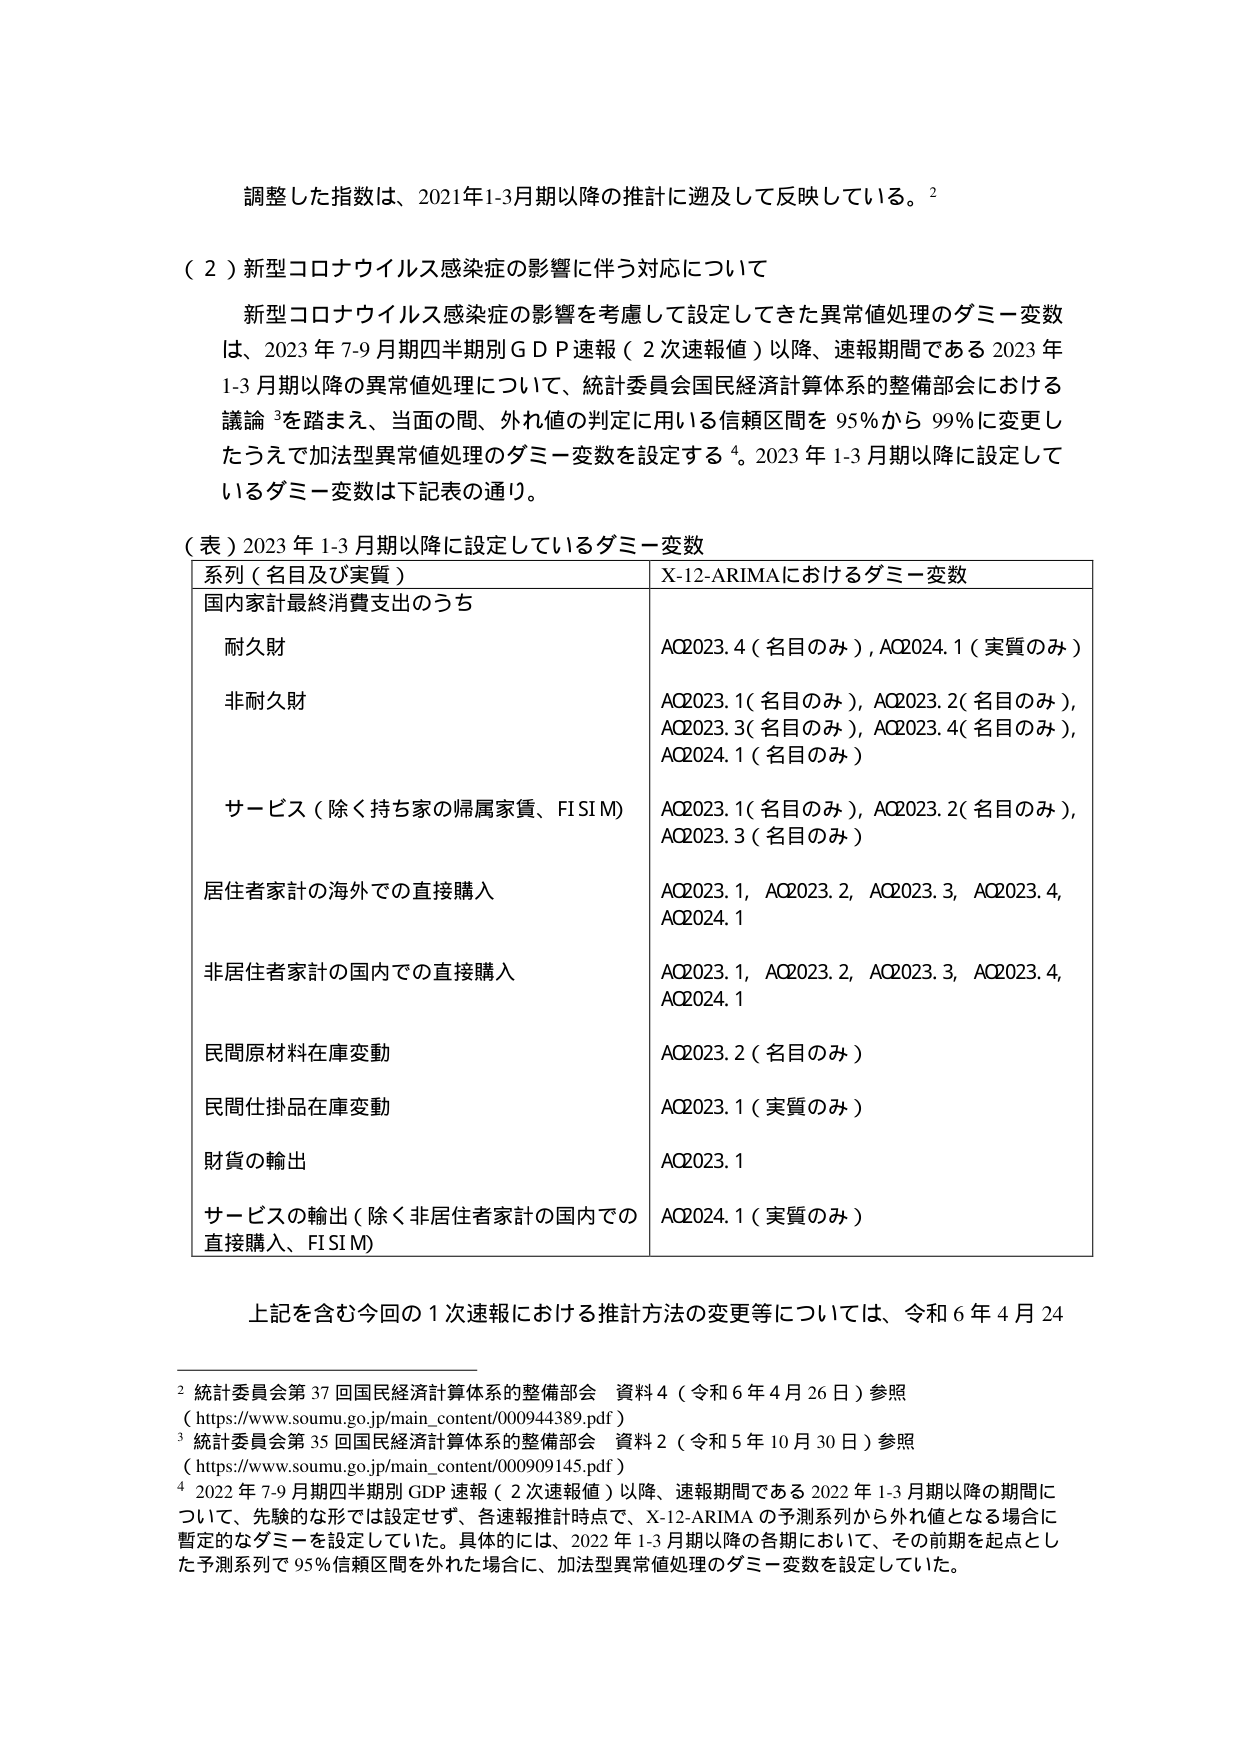
調整した指数は、2021年1-3月期以降の推計に遡及して反映している。²

（２）新型コロナウイルス感染症の影響に伴う対応について

新型コロナウイルス感染症の影響を考慮して設定してきた異常値処理のダミー変数は、2023年7-9月期四半期別ＧＤＰ速報（２次速報値）以降、速報期間である2023年1-3月期以降の異常値処理について、統計委員会国民経済計算体系の整備部会における議論³を踏まえ、当面の間、外れ値の判定に用いる信頼区間を95％から99％に変更したうえで加法型異常値処理のダミー変数を設定する⁴。2023年1-3月期以降に設定しているダミー変数は下記表の通り。

（表）2023年1-3月期以降に設定しているダミー変数

| 系列（名目及び実質） | X-12-ARIMAにおけるダミー変数 |
|----------------------|------------------------------|
| 国内家計最終消費支出のうち | |
| 耐久財 | AQ2023.4（名目のみ）、AQ2024.1（実質のみ） |
| 非耐久財 | AQ2023.1（名目のみ）、AQ2023.2（名目のみ）、AQ2023.3（名目のみ）、AQ2023.4（名目のみ）、AQ2024.1（名目のみ） |
| サービス（除く持ち家の帰属家賃、FISIM） | AQ2023.1（名目のみ）、AQ2023.2（名目のみ）、AQ2023.3（名目のみ） |
| 居住者家計の海外での直接購入 | AQ2023.1、AQ2023.2、AQ2023.3、AQ2023.4、AQ2024.1 |
| 非居住者家計の国内での直接購入 | AQ2023.1、AQ2023.2、AQ2023.3、AQ2023.4、AQ2024.1 |
| 民間原材料在庫変動 | AQ2023.2（名目のみ） |
| 民間仕掛品在庫変動 | AQ2023.1（実質のみ） |
| 財貨の輸出 | AQ2023.1 |
| サービスの輸出（除く非居住者家計の国内での直接購入、FISIM） | AQ2024.1（実質のみ） |

上記を含む今回の１次速報における推計方法の変更等については、令和６年４月24

² 統計委員会第37回国民経済計算体系の整備部会 資料4（令和6年4月26日）参照
（https://www.soumu.go.jp/main_content/000944389.pdf）

³ 統計委員会第35回国民経済計算体系の整備部会 資料2（令和5年10月30日）参照
（https://www.soumu.go.jp/main_content/000909145.pdf）

⁴ 2022年7-9月期四半期別GDP速報（２次速報値）以降、速報期間である2022年1-3月期以降の期間について、先験的な形では設定せず、各速報推計時点で、X-12-ARIMAの予測系列から外れ値となる場合に暫定的なダミーを設定していた。具体的には、2022年1-3月期以降の各期において、その前期を起点とした予測系列で95％信頼区間を外れた場合に、加法型異常値処理のダミー変数を設定していた。